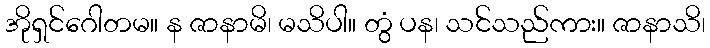
အိုရှင်ဂေါတမ။ န ဇာနာမိ၊ မသိပါ။ တွံ ပန၊ သင်သည်ကား။ ဇာနာသိ၊